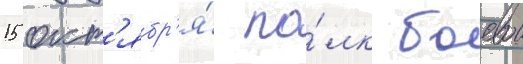
15 окт'ябр'я́ по́лк боевои